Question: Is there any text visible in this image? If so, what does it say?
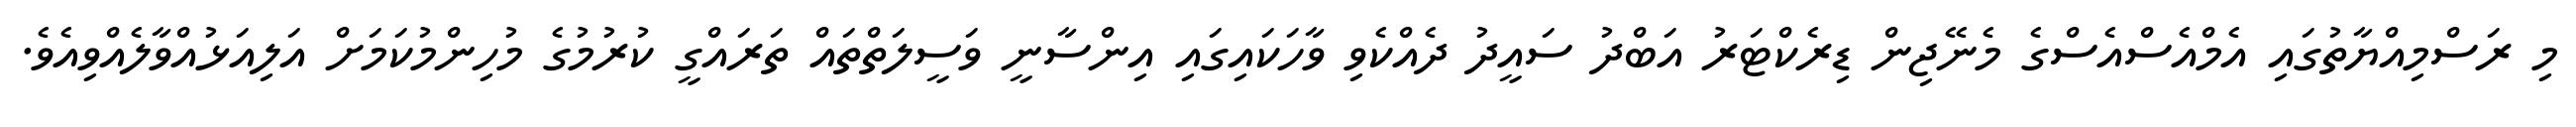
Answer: މި ރަސްމިއްޔާތުގައި އެމްއެސްއެސްގެ މެނޭޖިން ޑިރެކްޓަރު އަބްދު ސައީދު ދެއްކެވި ވާހަކައިގައި އިންސާނީ ވަސީލަތްތައް ތަރައްގީ ކުރުމުގެ މުހިންމުކަމަށް އަލިއަޅުއްވާލެއްވިއެވެ.